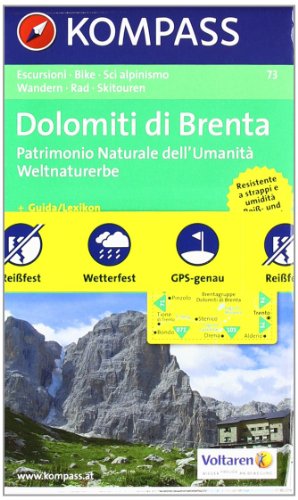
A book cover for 73: Gruppo Di Brenta 1:50, 000; Imported by Yulo inc.; Travel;